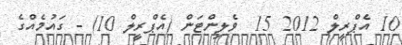
10 އެޕްރީލް 2012 15  ވެލިންޓަން (އެޕްރީލް 10) - ގައުމެއްގެ